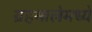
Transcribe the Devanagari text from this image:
ग्रहमालेमध्ये